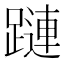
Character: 蹥